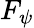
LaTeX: F_{\psi}